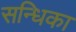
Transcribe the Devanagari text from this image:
सन्धिका